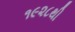
૧૯૨૮થી